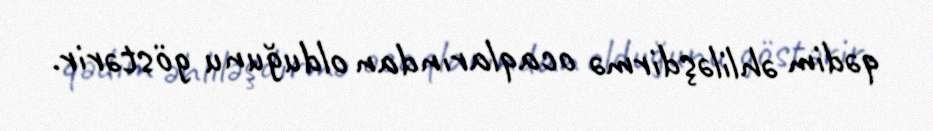
qədim əhliləşdirmə ocaqlarından olduğunu göstərir.